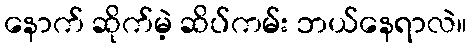
နောက် ဆိုက်မဲ့ ဆိပ်ကမ်း ဘယ်နေရာလဲ။